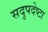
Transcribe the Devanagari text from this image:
सदुपदेष्टा